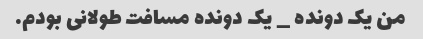
من یک دونده _ یک دونده مسافت طولانی بودم.